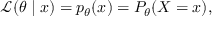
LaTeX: { \mathcal { L } } ( \theta \mid x ) = p _ { \theta } ( x ) = P _ { \theta } ( X = x ) ,